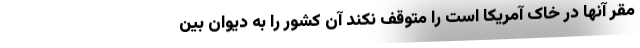
مقر آنها در خاک آمریکا است را متوقف نکند آن کشور را به دیوان بین